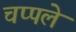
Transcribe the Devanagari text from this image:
चप्पले